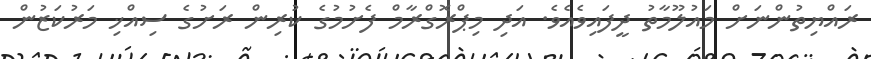
ރައްޔިތުންނަށް މައުލޫމާތު ދީފައިވެއެވެ. އަދި މިޕްރޮގްރާމް ފެށުމުގެ ކުރިން ރަށުގެ ސިއްޚި މަރުކަޒުން